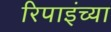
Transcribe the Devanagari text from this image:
रिपाइंच्या